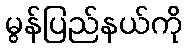
မွန်ပြည်နယ်ကို